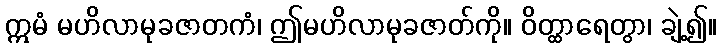
ဣမံ မဟိလာမုခဇာတကံ၊ ဤမဟိလာမုခဇာတ်ကို။ ဝိတ္ထာရေတွာ၊ ချဲ့၍။